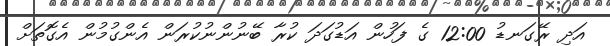
އަދި ރޭގަނޑު 12:00 ގެ ފަހުން އަޑުގަދަ ކުރާ ބޭނުންނުކުރަން އެންގުމުން އެގޮތަށް